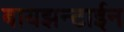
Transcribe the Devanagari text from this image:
बायझन्टाईन